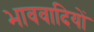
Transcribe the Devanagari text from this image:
भाववादियों